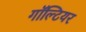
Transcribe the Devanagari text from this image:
गॉल्टियर